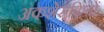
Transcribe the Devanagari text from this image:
अकशेरूकियों